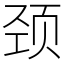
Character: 颈